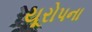
યૂરોપના